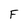
Character: F